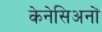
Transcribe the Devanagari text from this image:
केनेसिअनों